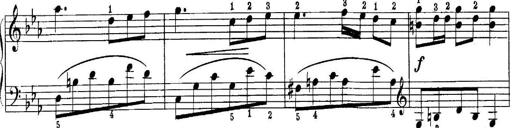
Title: Quatres sonatines
Composer: Tadeusz Joteyko